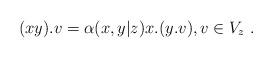
LaTeX: \begin{align*}(xy).v = \alpha(x,y|z)x.(y.v), v\in V_z\ .\end{align*}